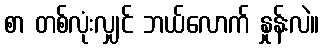
စာ တစ်လုံးလျှင် ဘယ်လောက် နှုန်းလဲ။